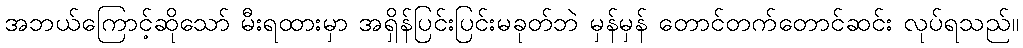
အဘယ်ကြောင့်ဆိုသော် မီးရထားမှာ အရှိန်ပြင်းပြင်းမခုတ်ဘဲ မှန်မှန် တောင်တက်တောင်ဆင်း လုပ်ရသည်။